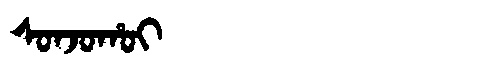
Manchu: ᠰᠣᠨᠵᠣᡥᠣᡳ
Romanization: SONJOHOI